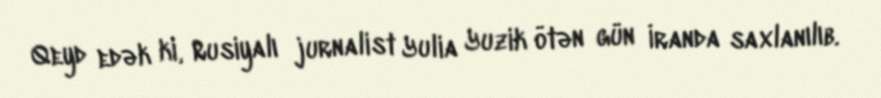
Qeyd edək ki, Rusiyalı jurnalist Yulia Yuzik ötən gün İranda saxlanılıb.